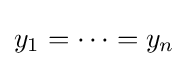
y_{1}=\cdots =y_{n}